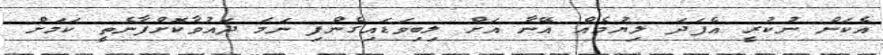
އެކަން ނުކުރީ އެފަދަ ލިޔުމެއް އޭނާ އަށް ލިބިވަޑައިގެންފި ނަމަ ދައުވާކޮށްފާނެތީ ކަމަށް